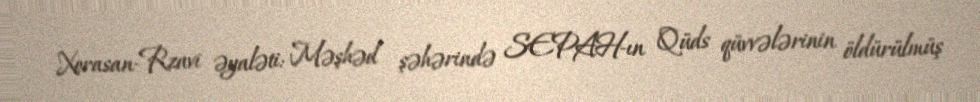
Xorasan-Rzavi əyaləti: Məşhəd şəhərində SEPAH-ın Qüds qüvvələrinin öldürülmüş